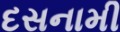
દસનામી